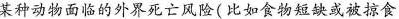
某种动物面 外界死亡 风险(比如食物短缺或被食